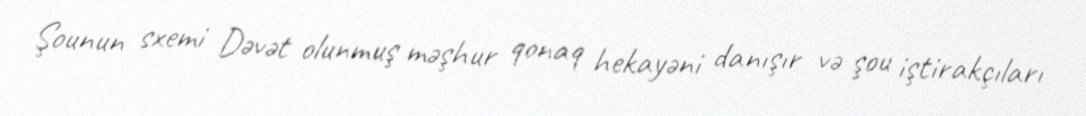
Şounun sxemi Dəvət olunmuş məşhur qonaq hekayəni danışır və şou iştirakçıları